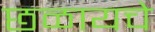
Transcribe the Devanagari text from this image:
छळायचे